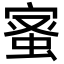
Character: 𮔉